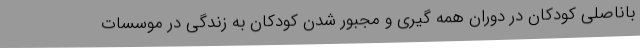
باناصلی کودکان در دوران همه گیری و مجبور شدن کودکان به زندگی در موسسات